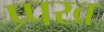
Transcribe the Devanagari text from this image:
प्र्पख